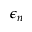
\epsilon _ { n }